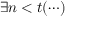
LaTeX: \exists n < t ( \cdots )